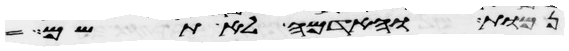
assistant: נמות והאדמה לא תשם